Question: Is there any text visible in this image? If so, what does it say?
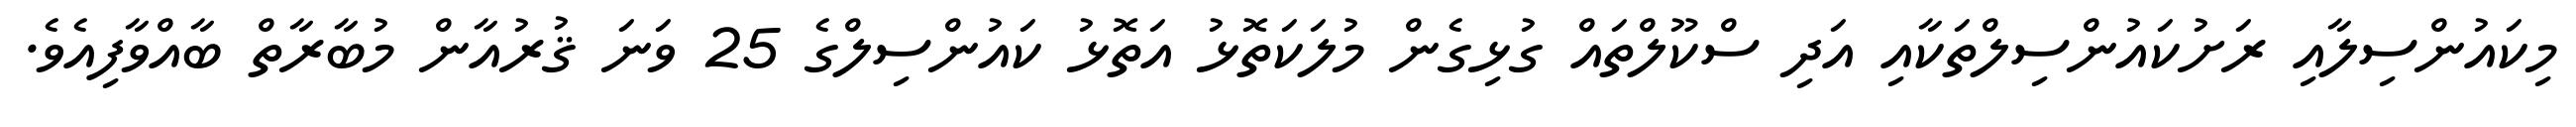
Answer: މިކައުންސިލާއި ރަށުކައުންސިލްތަކާއި އަދި ސްކޫލްތައް ގުޅިގެން މުލަކަތޮޅު އަތޮޅު ކައުންސިލްގެ 25 ވަނަ ޤުރުއާން މުބާރާތް ބާއްވާފިއެވެ.